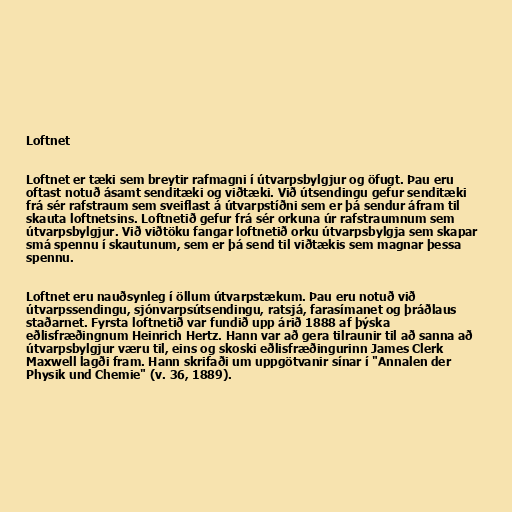
Loftnet

Loftnet er tæki sem breytir rafmagni í útvarpsbylgjur og öfugt. Þau eru
oftast notuð ásamt senditæki og viðtæki. Við útsendingu gefur senditæki
frá sér rafstraum sem sveiflast á útvarpstíðni sem er þá sendur áfram til
skauta loftnetsins. Loftnetið gefur frá sér orkuna úr rafstraumnum sem
útvarpsbylgjur. Við viðtöku fangar loftnetið orku útvarpsbylgja sem skapar
smá spennu í skautunum, sem er þá send til viðtækis sem magnar þessa
spennu.

Loftnet eru nauðsynleg í öllum útvarpstækum. Þau eru notuð við
útvarpssendingu, sjónvarpsútsendingu, ratsjá, farasímanet og þráðlaus
staðarnet. Fyrsta loftnetið var fundið upp árið 1888 af þýska
eðlisfræðingnum Heinrich Hertz. Hann var að gera tilraunir til að sanna að
útvarpsbylgjur væru til, eins og skoski eðlisfræðingurinn James Clerk
Maxwell lagði fram. Hann skrifaði um uppgötvanir sínar í "Annalen der
Physik und Chemie" (v. 36, 1889).